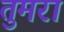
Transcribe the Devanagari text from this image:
तुमरा